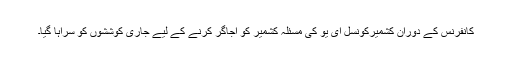
کانفرنس کے دوران کشمیرکونسل ای یو کی مسئلہ کشمیر کو اجاگر کرنے کے لیے جاری کوششوں کو سراہا گیا۔